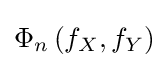
\Phi _{n}\left(f_{X},f_{Y}\right)